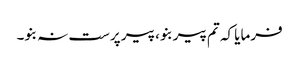
فرمایا کہ تم پیر بنو، پیر پرست نہ بنو۔